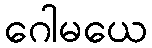
ဂေါမယေ